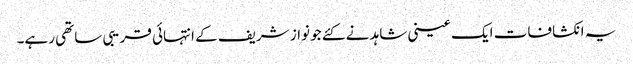
یہ انکشافات ایک عینی شاہد نے کئے جو نواز شریف کے انتہائی قریبی ساتھی رہے۔